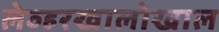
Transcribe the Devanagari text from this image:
लेव्हरखालोखाल